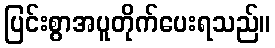
ပြင်းစွာအပူတိုက်ပေးရသည်။